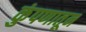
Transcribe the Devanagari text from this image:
कुंपणातून